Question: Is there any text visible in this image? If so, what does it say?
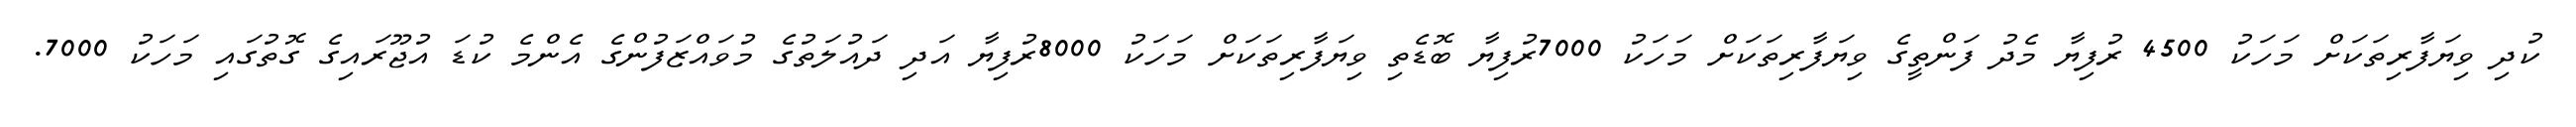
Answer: ކުދި ވިޔަފާރިތަކަށް މަހަކު 4500 ރުފިޔާ މެދު ފަންތީގެ ވިޔަފާރިތަކަށް މަހަކު 7000ރުފިޔާ ބޮޑެތި ވިޔަފާރިތަކަށް މަހަކު 8000ރުފިޔާ އަދި ދައުލަތުގެ މުވައްޒަފުންގެ އެންމެ ކުޑަ އުޖޫރައިގެ ގޮތުގައި މަހަކު 7000.